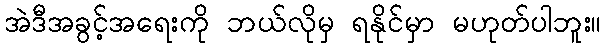
အဲဒီအခွင့်အရေးကို ဘယ်လိုမှ ရနိုင်မှာ မဟုတ်ပါဘူး။